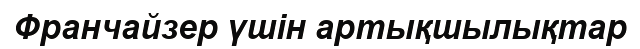
Франчайзер үшін артықшылықтар